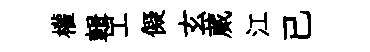
權輯工儗玄蕆江已